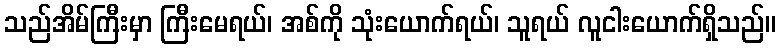
သည်အိမ်ကြီးမှာ ကြီးမေရယ်၊ အစ်ကို သုံးယောက်ရယ်၊ သူရယ် လူငါးယောက်ရှိသည်။